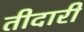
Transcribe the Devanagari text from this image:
तीदारी